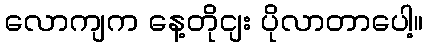
လောကျက နေ့တိုငျး ပိုလာတာပေါ့။